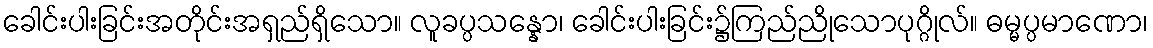
ခေါင်းပါးခြင်းအတိုင်းအရှည်ရှိသော။ လူခပ္ပသန္နော၊ ခေါင်းပါးခြင်း၌ကြည်ညိုသောပုဂ္ဂိုလ်။ ဓမ္မပ္ပမာဏော၊